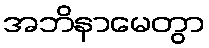
အဘိနာမေတွာ